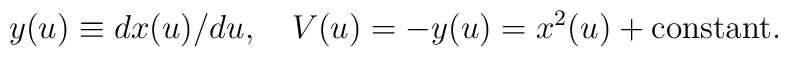
y(u)\equiv dx(u)/{du},\quad    V(u)=-y(u)=x^2(u)+\mbox{constant}.